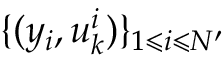
\{ ( y _ { i } , u _ { k } ^ { i } ) \} _ { 1 \leqslant i \leqslant N ^ { \prime } }